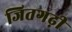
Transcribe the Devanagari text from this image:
जितगढ़ी